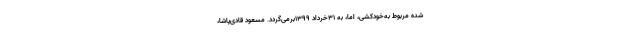
شده مربوط به‌خودکشی، اما، به 31خرداد 1399برمی‌گردد. مسعود قادی‌پاشا،